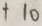
+ 1 0